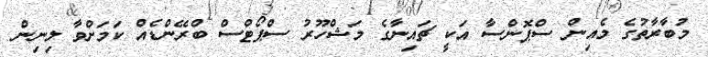
މުބާރާތުގެ މެއިން ސްޕޮންސާ އަކީ ޗައިނާގެ މަޝްހޫރު ސްޕޯޓްސް ބްރޭންޑެއް ކަމަށްވާ ލިނިން